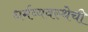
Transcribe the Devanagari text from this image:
धर्मव्यवस्थेची